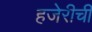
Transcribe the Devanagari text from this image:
हजेरीची